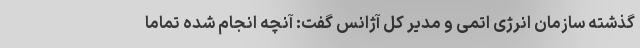
گذشته سازمان انرژی اتمی و مدیر کل آژانس گفت: آنچه انجام شده تماما